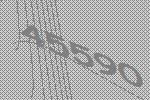
45590